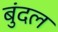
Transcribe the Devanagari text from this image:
बुंदल